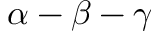
\alpha - \beta - \gamma